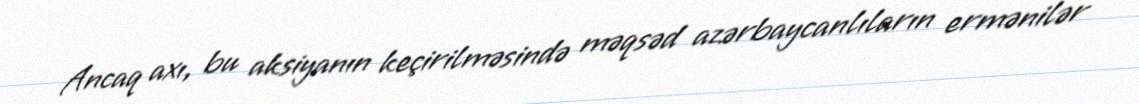
Ancaq axı, bu aksiyanın keçirilməsində məqsəd azərbaycanlıların ermənilər